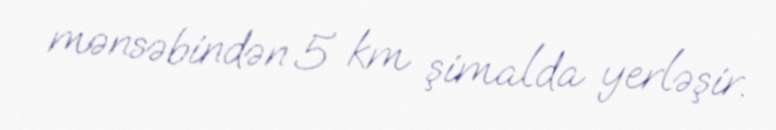
mənsəbindən 5 km şimalda yerləşir.